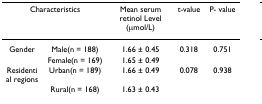
<table><thead><tr><td colspan="2"><b>Characteristics</b></td><td><b>Mean serum retinol Level (μmol/L)</b></td><td><b>t-value</b></td><td><b>P- value</b></td></tr></thead><tbody><tr><td>Gender</td><td>Male(n = 188)</td><td>1.66 ± 0.45</td><td>0.318</td><td>0.751</td></tr><tr><td></td><td>Female(n = 169)</td><td>1.65 ± 0.49</td><td></td><td></td></tr><tr><td>Residential regions</td><td>Urban(n = 189)</td><td>1.66 ± 0.49</td><td>0.078</td><td>0.938</td></tr><tr><td></td><td>Rural(n = 168)</td><td>1.63 ± 0.43</td><td></td><td></td></tr></tbody></table>